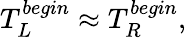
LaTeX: T_{L}^{begin}\approx T_{R}^{begin},